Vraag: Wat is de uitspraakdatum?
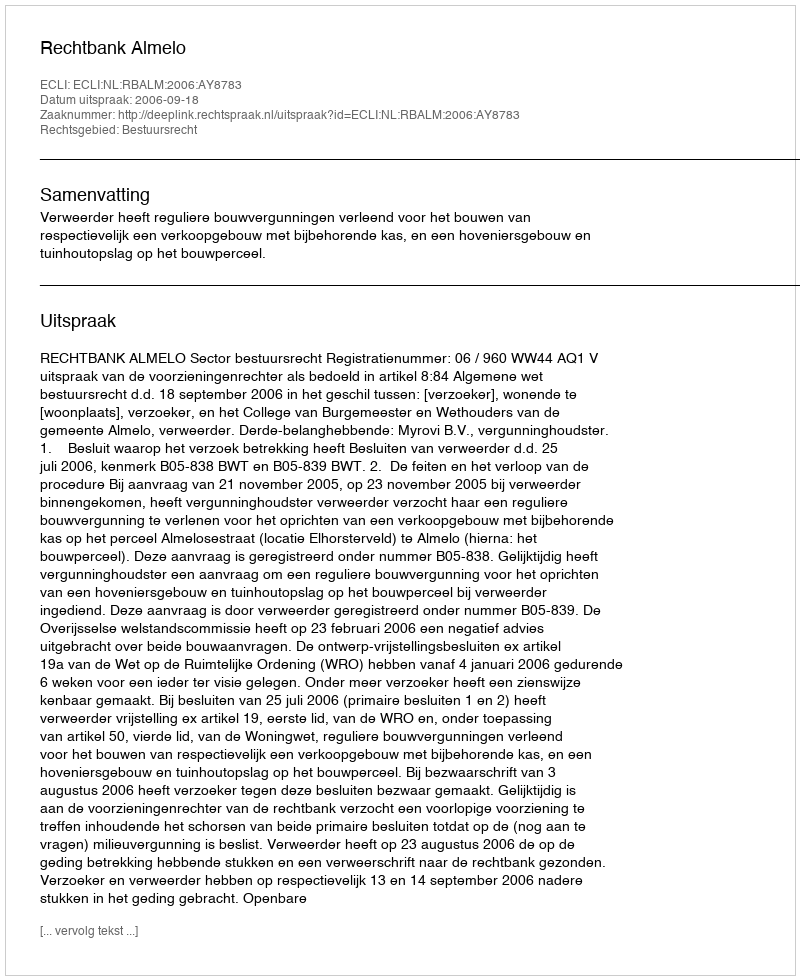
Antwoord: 2006-09-18